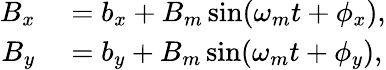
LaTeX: \begin{array}{rl}{B_{x}}&{{}=b_{x}+B_{m}\sin(\omega_{m}t+\phi_{x}),}\\ {B_{y}}&{{}=b_{y}+B_{m}\sin(\omega_{m}t+\phi_{y}),}\end{array}